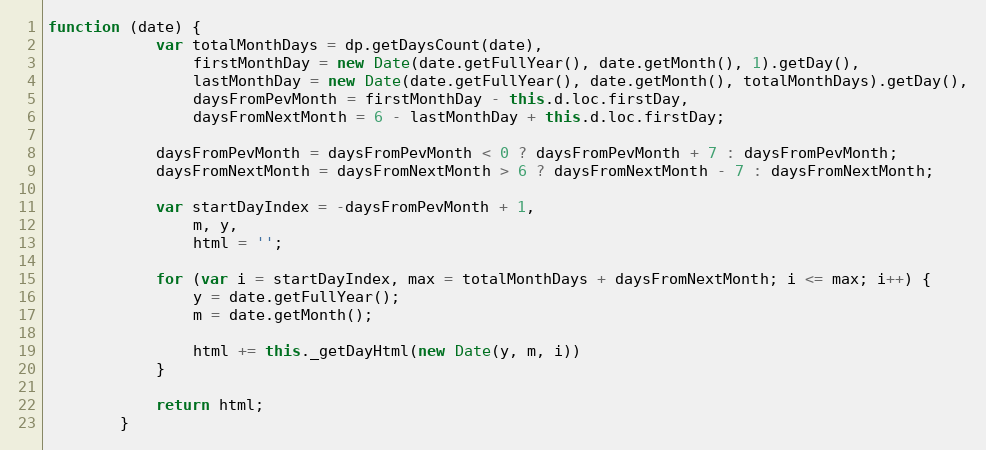
Language: JavaScript
function (date) {
            var totalMonthDays = dp.getDaysCount(date),
                firstMonthDay = new Date(date.getFullYear(), date.getMonth(), 1).getDay(),
                lastMonthDay = new Date(date.getFullYear(), date.getMonth(), totalMonthDays).getDay(),
                daysFromPevMonth = firstMonthDay - this.d.loc.firstDay,
                daysFromNextMonth = 6 - lastMonthDay + this.d.loc.firstDay;

            daysFromPevMonth = daysFromPevMonth < 0 ? daysFromPevMonth + 7 : daysFromPevMonth;
            daysFromNextMonth = daysFromNextMonth > 6 ? daysFromNextMonth - 7 : daysFromNextMonth;

            var startDayIndex = -daysFromPevMonth + 1,
                m, y,
                html = '';

            for (var i = startDayIndex, max = totalMonthDays + daysFromNextMonth; i <= max; i++) {
                y = date.getFullYear();
                m = date.getMonth();

                html += this._getDayHtml(new Date(y, m, i))
            }

            return html;
        }